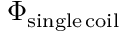
\Phi _ { \mathrm { s i n g l e \, c o i l } }